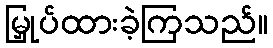
မြှုပ်ထားခဲ့ကြသည်။